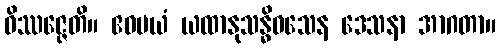
ဝိဿဇ္ဇေတိ။ ဧဝမယံ ယထာနုသန္ဓိဝသေန ဒေသနာ အာဂတာ။